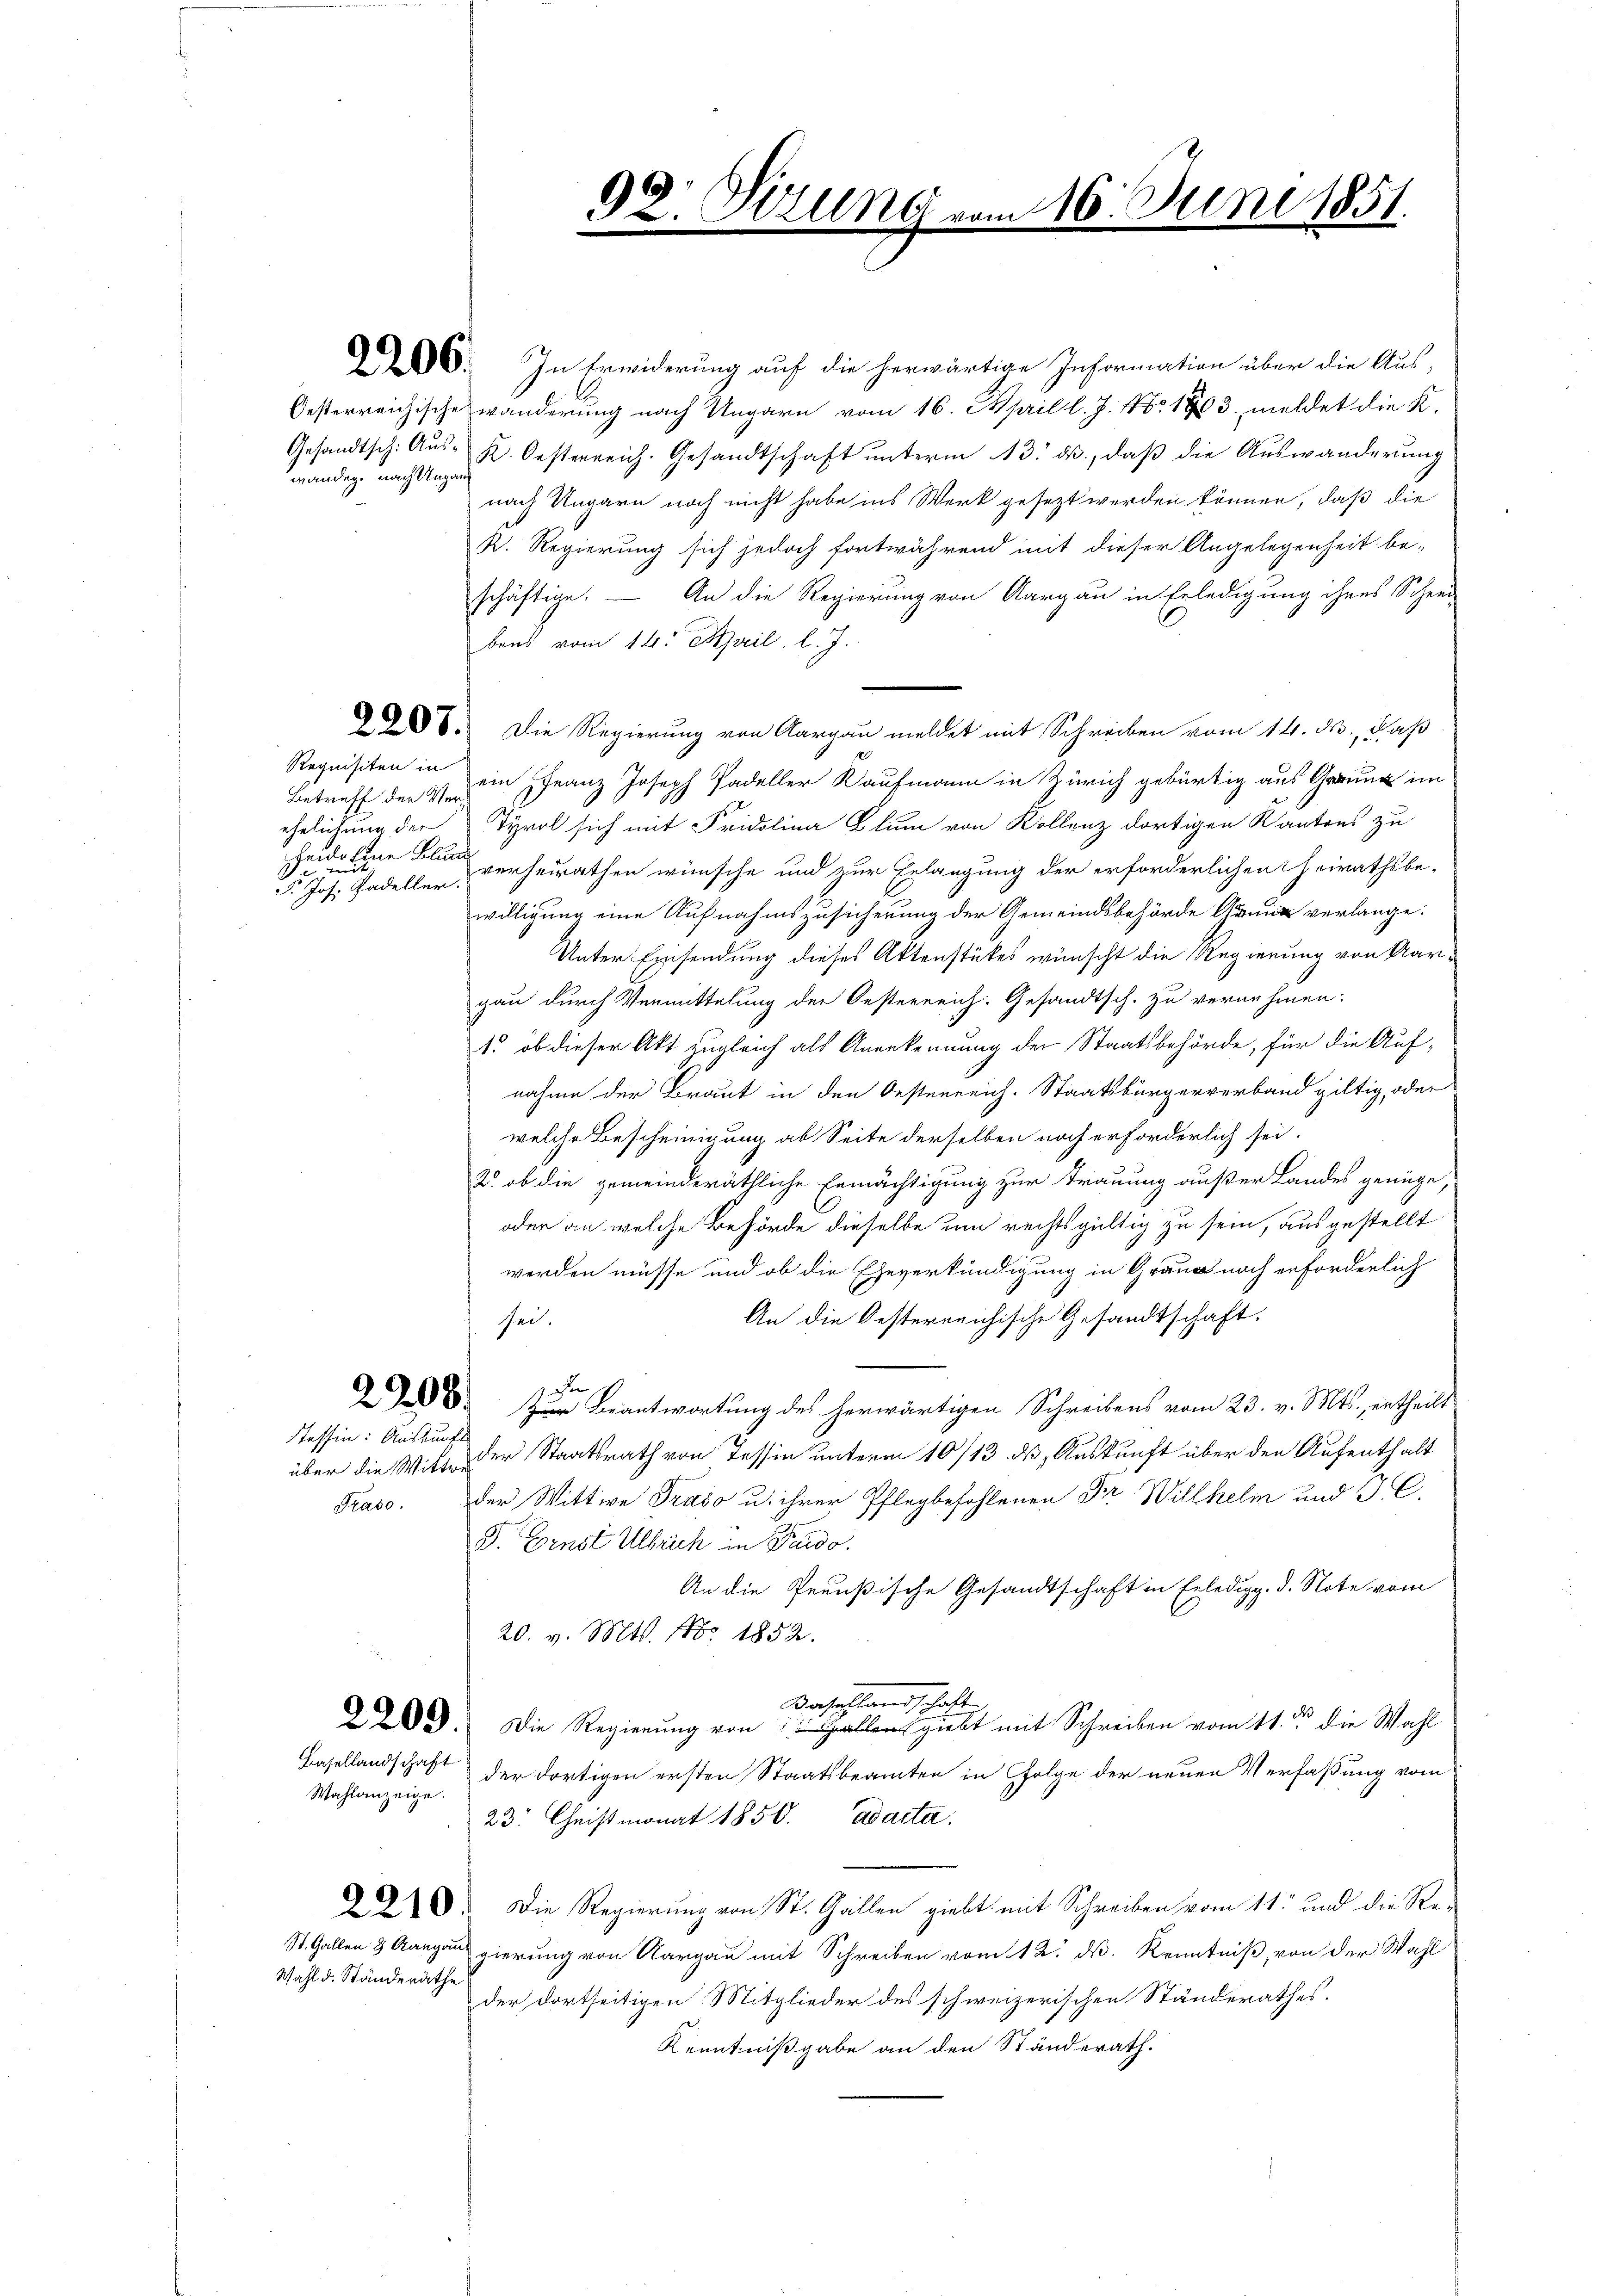
wändig, nach Ungang

Requisiten in
Betreff der Verheide eine Blun
r. Jos. adeller.

G. In Erwiderung auf die herwärtige Information über die Aus-
Oesterreichische wanderung nach Ungarn vom 16. April l. J. No. 1803. meldet die K.
Gesandtsch. Aŭs- K. Oesterreich. Gesandtschaft ŭnterm 13. ds., daβ die Auswanderŭng
nach Ungarn noch nicht habe ins Werk gesezt werden können, daß die
R. Regierung sich jedoch fortwährend mit dieser Angelegenheit be-
schäftige. — An die Regierung von Aargau in Erledigung ihres Schrei-
bens vom 14. April l. J.
988. Die Regierung von Aargau meldet mit Schreiben vom 14. ds., daß
ein Franz Joseph Padeller Kaufmann in Zürich gebürtig aus Grund im
ehelichung der Tyrol sich mit Fridolina Blum von Kollenz dortigen Kantons zu
verheirathen wünsche und zur Erlangung der erforderlichen Heirathsbe-
willigung eine Aufnahmszusicherung der Gemeindsbehörde Grund verlange.
Unter Einsendung dieses Aktenstükes wünscht die Regierung von Aargau durch Vermittelung der Oesterreich. Gesandtsch. zu vernehmen:
1. ob dieser Akt zugleich als Anerkennung der Staatsbehörde, für die Aufnahme der Braut in den Oesterreich-Staatsbürgerverband giltig, oder
welche Bescheinigung ab Seite derselben noch erforderlich sei.
2. ob die gemeinderäthliche Ermächtigung zur Trauung außer Landes genüge,
oder an welche Behörde dieselbe um rechtsgültig zu sein, ausgestellt
werden müsse und ob die Eheverkündigung in Graue nach erforderlich
An die Oesterreichische Gesandtschaft.
sei.
d
83. Zur Beantwortung des herwärtigen Schreibens vom 23. v. Mts., ertheilt
Steffin: Auskunft
der Staatsrath von Tessin unterm 10/13. ds, Auskunft über den Aufenthalt
über die Witte.
Praso. Der Wittwe Trado u. ihrer Pflegbefohlenen Dr Willhelm und J. C.
D. Ernst Ulbrich in Frido.
An die Preußische Gesandtschaft in Erledigg. 3. Note vom
20. v. Mts. No. 1852.
Karschlandschaft
3). Die Regierŭng von allen giebt mit Schreiben vom 11. d. die Wahl
Basellandschaft
der dortigen ersten Staatsbeamten in Folge der neuen Verfaßung vom
Wahlanzeige.
23. Christmonat 1850. ad acta.
O. Die Regierung von St. Gallen giebt mit Schreiben vom 11. und die Re-
St. Gallen & Aargau gierung von Aargau mit Schreiben vom 12. ds. Kenntniß, von der Wahl
Wahl d. Ständeräthe
der dortseitigen Mitglieder des schweizerischen Ständerathes.
Kenntnißgabe an den Ständerath.

6
32. Krung vom 16. Juni 1851.